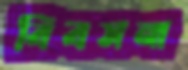
বিবসনা